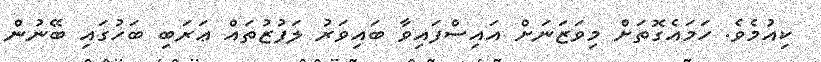
ކިއުމެވެ. ހަމައެގޮތަށް މިވަޒަނަށް އައިސްފައިވާ ބައިވަރު ލަފުޒުތައް ޢަރަބި ބަހުގައި ބޭނުން